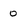
Character: o